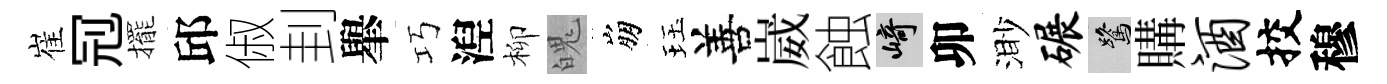
崔𠜍擺邱俶刲𦦙巧湼柳魄崩珏善崴蝕崎卯渺碾鷺購酒挍穆